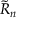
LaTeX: { \tilde { R } } _ { n }